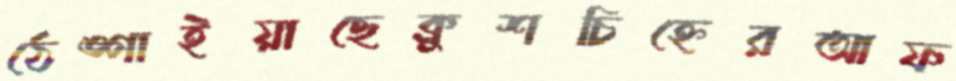
ঠেঙ্গাইয়াছেক্রুশচিহ্নেরআফ